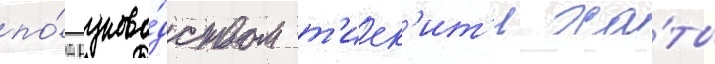
по́д руково́дством т'иек'ит'и ха́ты